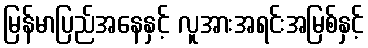
မြန်မာပြည်အနေနှင့် လူအားအရင်းအမြစ်နှင့်